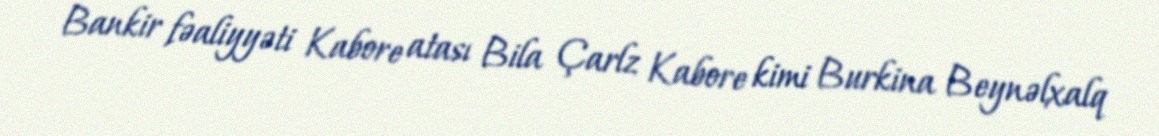
Bankir fəaliyyəti Kabore atası Bila Çarlz Kabore kimi Burkina Beynəlxalq